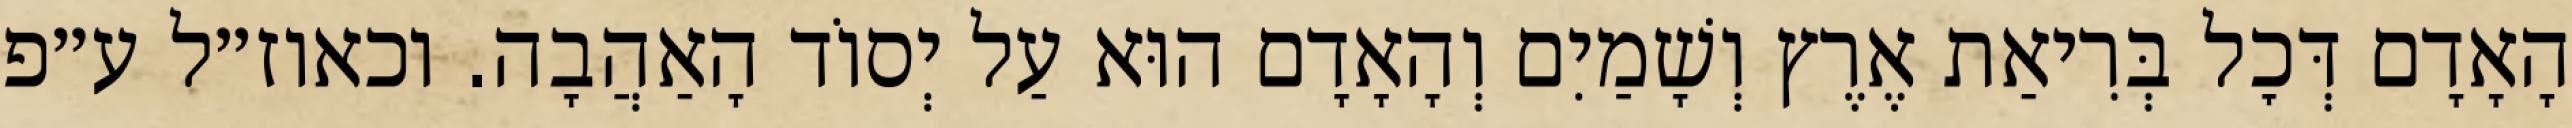
הָאָדָם דְּכׇל בְּרִיאַת אֶרֶץ וְשָׁמַיִם וְהָאָדָם הוּא עַל יְסוֹד הָאַהֲבָה. וכאוז״ל ע״פ